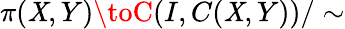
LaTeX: \pi(\mathit{X},Y)\toC(I,C(\mathit{X},Y))/\sim